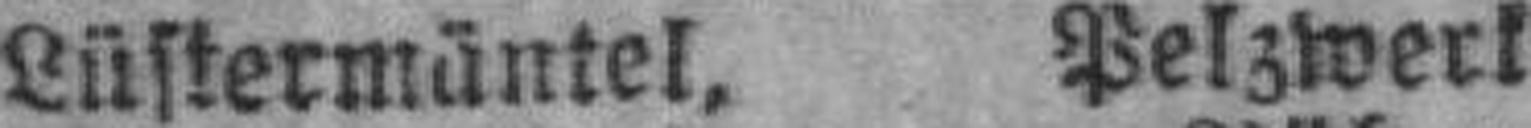
Lüstermäntel, Pelzwerk.